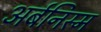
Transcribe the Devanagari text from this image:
अर्बनिस्म